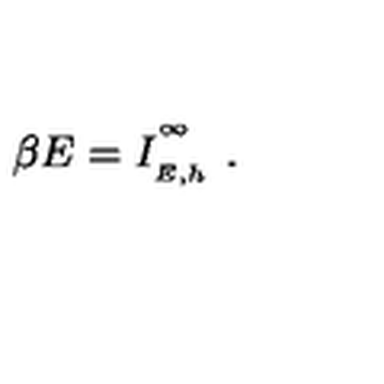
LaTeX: \beta E = I _ { \phantom { } _ { E , h } } ^ { \phantom { } ^ { \infty } } \ .